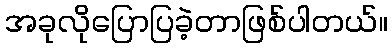
အခုလိုပြောပြခဲ့တာဖြစ်ပါတယ်။